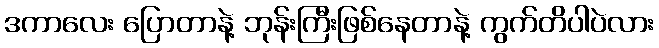
ဒကာလေး ပြောတာနဲ့ ဘုန်းကြီးဖြစ်နေတာနဲ့ ကွက်တိပါပဲလား